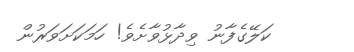
ކަލޭގެފާނު ވިދާޅުވާށެވެ! ހަމަކަށަވަރުން